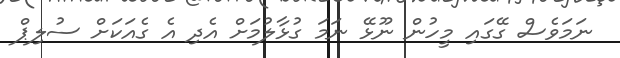
ނަމަވެސް ގޭގައި މީހުން ނޫޅޭ ނަމަ ގުޅާލުމަށް އެދި އެ ގެއަކަށް ސުލިޕް